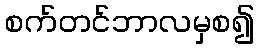
စက်တင်ဘာလမှစ၍